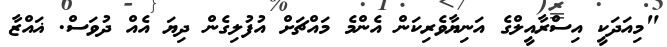
"މިއަދަކީ އިސްރާއީލްގެ އަނިޔާވެރިކަން އެންމެ މައްޗަށް އުފުލިގެން ދިޔަ އެއް ދުވަސް. ޣައްޒާ